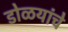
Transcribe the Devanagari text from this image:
डोळयांचे